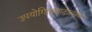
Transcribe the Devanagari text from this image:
उपयोगितावादात्मक